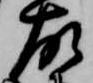
故